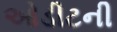
ઓડીટની